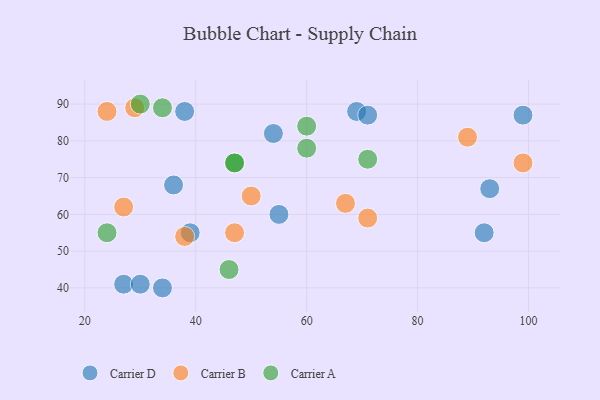
{"axis": {"x": "GDP", "y": "Life Expectancy"}, "legend": ["Carrier A", "Carrier B", "Carrier D"], "data": [{"x": "36", "y": 68, "type": "Carrier D"}, {"x": "27", "y": 41, "type": "Carrier D"}, {"x": "69", "y": 88, "type": "Carrier D"}, {"x": "30", "y": 41, "type": "Carrier D"}, {"x": "99", "y": 87, "type": "Carrier D"}, {"x": "34", "y": 40, "type": "Carrier D"}, {"x": "93", "y": 67, "type": "Carrier D"}, {"x": "39", "y": 55, "type": "Carrier D"}, {"x": "92", "y": 55, "type": "Carrier D"}, {"x": "54", "y": 82, "type": "Carrier D"}, {"x": "38", "y": 88, "type": "Carrier D"}, {"x": "71", "y": 87, "type": "Carrier D"}, {"x": "55", "y": 60, "type": "Carrier D"}, {"x": "67", "y": 63, "type": "Carrier B"}, {"x": "24", "y": 88, "type": "Carrier B"}, {"x": "71", "y": 59, "type": "Carrier B"}, {"x": "29", "y": 89, "type": "Carrier B"}, {"x": "38", "y": 54, "type": "Carrier B"}, {"x": "27", "y": 62, "type": "Carrier B"}, {"x": "99", "y": 74, "type": "Carrier B"}, {"x": "50", "y": 65, "type": "Carrier B"}, {"x": "47", "y": 55, "type": "Carrier B"}, {"x": "89", "y": 81, "type": "Carrier B"}, {"x": "60", "y": 84, "type": "Carrier A"}, {"x": "46", "y": 45, "type": "Carrier A"}, {"x": "30", "y": 90, "type": "Carrier A"}, {"x": "47", "y": 74, "type": "Carrier A"}, {"x": "60", "y": 78, "type": "Carrier A"}, {"x": "47", "y": 74, "type": "Carrier A"}, {"x": "24", "y": 55, "type": "Carrier A"}, {"x": "71", "y": 75, "type": "Carrier A"}, {"x": "34", "y": 89, "type": "Carrier A"}]}